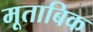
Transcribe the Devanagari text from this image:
मूताबिक